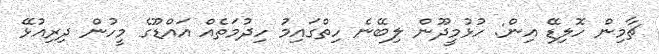
ޗާމިން ހޮލިޑޭ އިން: ހުޅުމީދޫން ލިބޭނެ ހިތްގައިމު ހިދުމަތެއް އައްޑޫގެ މީހުން ދިރިއުޅޭ